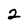
Character: 2